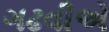
ગઢવીએ